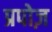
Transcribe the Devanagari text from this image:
प्रपोज़